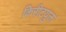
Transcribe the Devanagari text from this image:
किरीटयुक्त